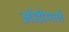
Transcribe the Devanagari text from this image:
ऑडीमार्स